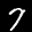
Digit: 7